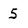
Character: 5